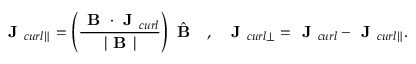
{ \textbf { J } _ { c u r l \parallel } = \left( \frac { \textbf { B } \cdot \textbf { J } _ { c u r l } } { | \textbf { B } | } \right) \hat { \textbf { B } } \ \ , \ \ \textbf { J } _ { c u r l \perp } = \textbf { J } _ { c u r l } - \textbf { J } _ { c u r l \parallel } } .